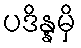
ပဒိန္နမှိ